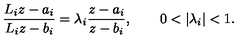
{ \frac { L _ { i } z - a _ { i } } { L _ { i } z - b _ { i } } } = \lambda _ { i } { \frac { z - a _ { i } } { z - b _ { i } } } , \qquad 0 < | \lambda _ { i } | < 1 .